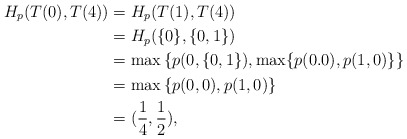
\begin{align*}H_p(T(0),T(4))&=H_p(T(1),T(4))\\&=H_p(\{0\},\{0,1\})\\&=\max\left\{p(0,\{0,1\}),\max\{p(0.0),p(1,0)\}\right\}\\&=\max\left\{p(0,0),p(1,0)\right\}\\&=(\frac{1}{4},\frac{1}{2}),\end{align*}